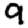
Digit: 9